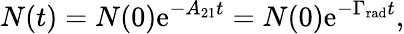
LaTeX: N(t)=N(0)\mathrm{e}^{-A_{21}t}=N(0)\mathrm{e}^{-\Gamma_{\mathrm{{rad}}}t},